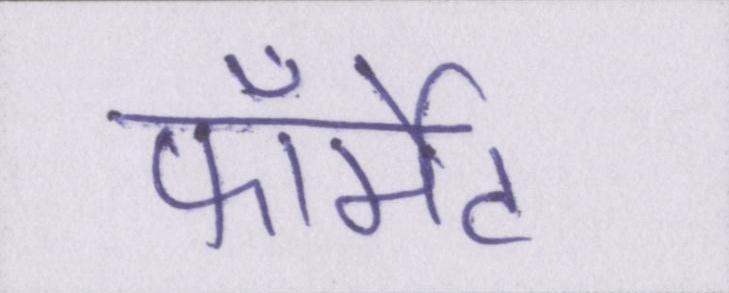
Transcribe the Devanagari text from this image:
फॉर्मेट